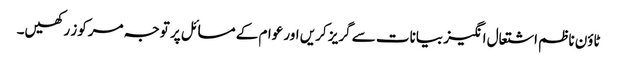
ٹاؤن ناظم اشتعال انگیز بیانات سے گریز کریں اور عوام کے مسائل پر توجہ مرکوز رکھیں۔